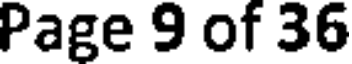
Page 9 of 36